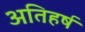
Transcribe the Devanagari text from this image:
अतिहर्ष